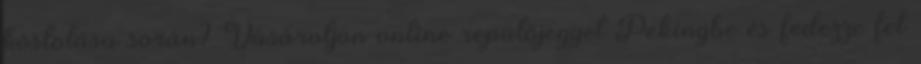
kóstolása során? Vásároljon online repülőjegyet Pekingbe és fedezze fel